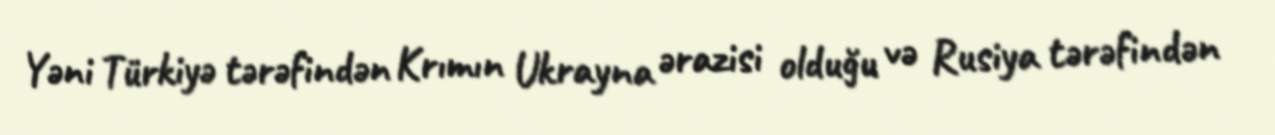
Yəni Türkiyə tərəfindən Krımın Ukrayna ərazisi olduğu və Rusiya tərəfindən